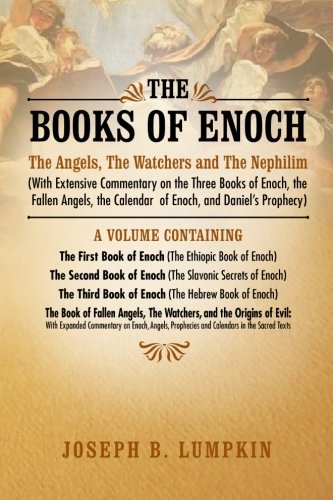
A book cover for The Books of Enoch: The Angels, The Watchers and The Nephilim: (With Extensive Commentary on the Three Books of Enoch, the Fallen Angels, the Calendar of Enoch, and Daniel's Prophecy); Joseph Lumpkin; Christian Books & Bibles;